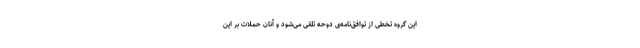
این گروه تخطی از توافق‌نامه‌ی دوحه تلقی می‌شود و آنان حملات بر این